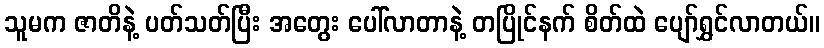
သူမက ဇာတိနဲ့ ပတ်သတ်ပြီး အတွေး ပေါ်လာတာနဲ့ တပြိုင်နက် စိတ်ထဲ ပျော်ရွှင်လာတယ်။